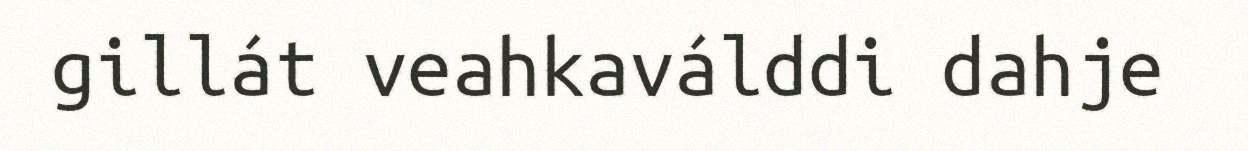
gillát veahkaválddi dahje